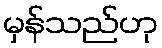
မှန်သည်ဟု